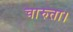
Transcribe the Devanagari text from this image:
चारुता।